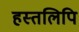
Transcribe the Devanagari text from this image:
हस्‍तलिपि